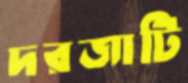
দরজাটি